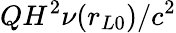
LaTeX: QH^{2}\nu(r_{L0})/c^{2}